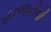
હાજરીની